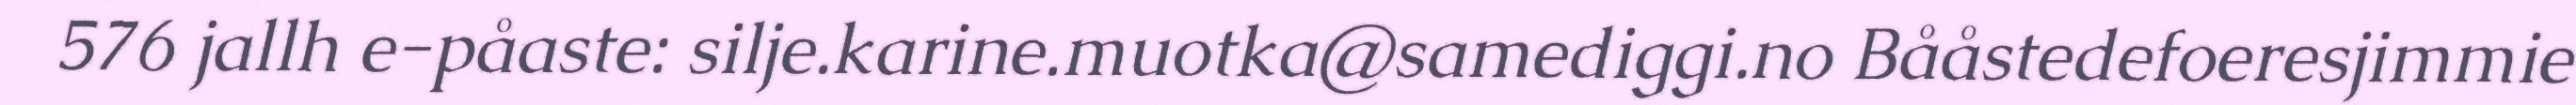
576 jallh e-påaste: silje.karine.muotka@samediggi.no Bååstedefoeresjimmie